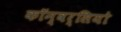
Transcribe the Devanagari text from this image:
कॉन्वर्सियो